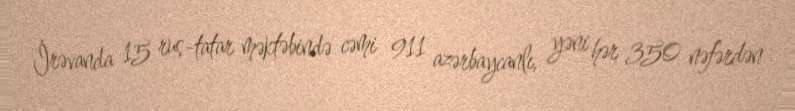
İrəvanda 15 rus-tatar məktəbində cəmi 911 azərbaycanlı, yəni hər 350 nəfərdən